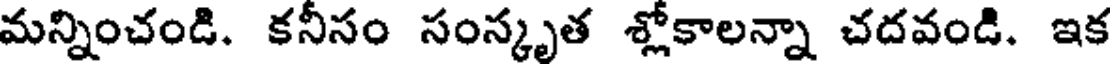
మన్నించండి. కనీసం సంస్కృత శ్లోకాలన్నా చదవండి. ఇక